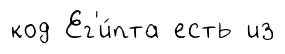
код Ег'и́пта есть из